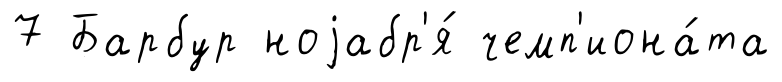
7 Барбур ноjабр'я́ чемп'иона́та